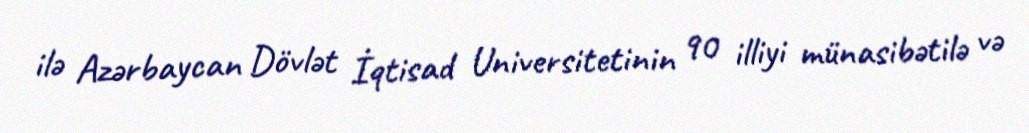
ilə Azərbaycan Dövlət İqtisad Universitetinin 90 illiyi münasibətilə və